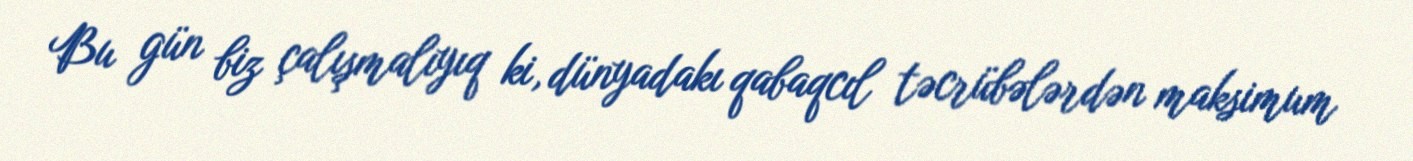
Bu gün biz çalışmalıyıq ki, dünyadakı qabaqcıl təcrübələrdən maksimum